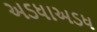
અડધાઅડધ